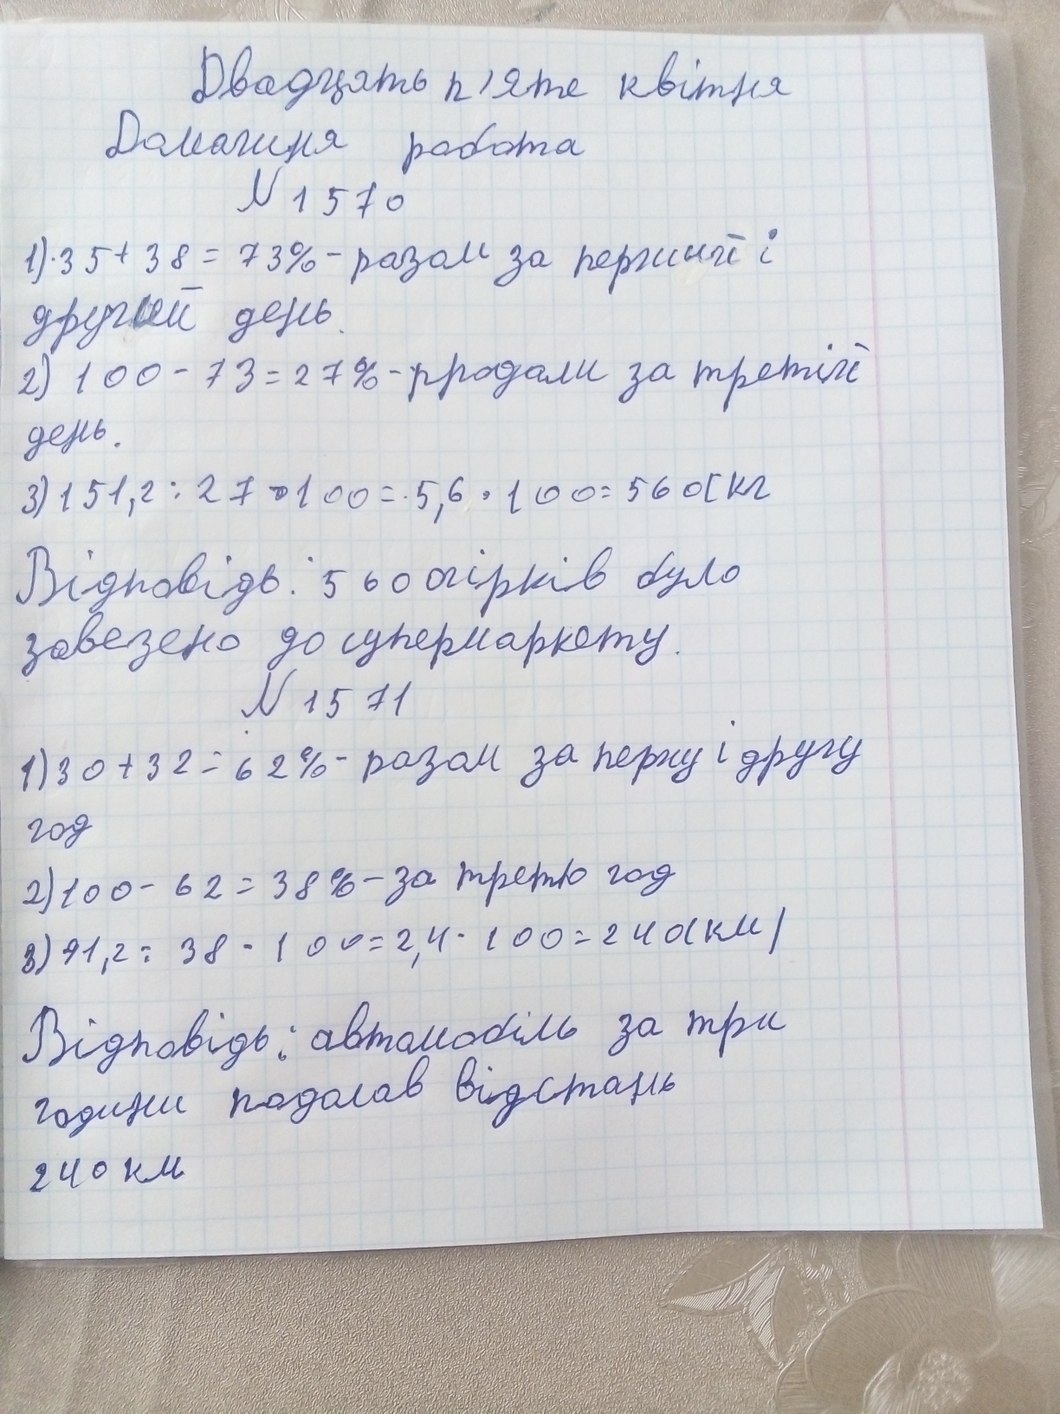
Двадцять п'яте квітня
Домашня робота
N 1570
1) 35 + 38 = 73% - разом за перший і
другий день.
2) 100 - 73 = 27% - продали за третій
день.
3) 151,2 / 27 * 100 = 5,6 * 100 = 560 кг
Відповідь: 560 огірків було
завезено до супермаркету.
N 1571
1) 30 + 32 = 62% - разом за першу і другу
год
2) 100 - 62 = 38% - за третю год
3) 91,2 / 38 * 100 = 2,4 * 100 = 240 ( км )
Відповідь: автомобіль за три
години подолав відстань
240 км